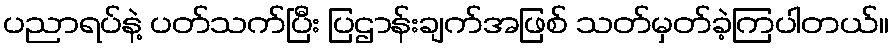
ပညာရပ်နဲ့ ပတ်သက်ပြီး ပြဌာန်းချက်အဖြစ် သတ်မှတ်ခဲ့ကြပါတယ်။